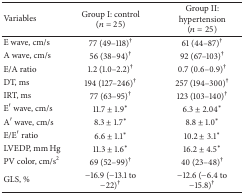
<table><thead><tr><td><b>Variables</b></td><td><b>Group I: control(<i>n</i> = 25)</b></td><td><b>Group II: hypertension(<i>n</i> = 25)</b></td></tr></thead><tbody><tr><td>E wave, cm/s</td><td>77 (49–118)<sup>†</sup></td><td>61 (44–87)<sup>†</sup></td></tr><tr><td>A wave, cm/s</td><td>56 (38–94)<sup>†</sup></td><td>92 (67–103)<sup>†</sup></td></tr><tr><td>E/A ratio</td><td>1.2 (1.0–2.2)<sup>†</sup></td><td>0.7 (0.6–0.9)<sup>†</sup></td></tr><tr><td>DT, ms</td><td>194 (127–246)<sup>†</sup></td><td>257 (194–300)<sup>†</sup></td></tr><tr><td>IRT, ms</td><td>77 (63–95)<sup>†</sup></td><td>123 (103–140)<sup>†</sup></td></tr><tr><td>E′ wave, cm/s</td><td>11.7 ± 1.9<sup><i>∗</i></sup></td><td>6.3 ± 2.04<sup><i>∗</i></sup></td></tr><tr><td>A′ wave, cm/s </td><td>8.3 ± 1.7<sup><i>∗</i></sup></td><td>8.8 ± 1.0<sup><i>∗</i></sup></td></tr><tr><td>E/E′ ratio</td><td>6.6 ± 1.1<sup><i>∗</i></sup></td><td>10.2 ± 3.1<sup><i>∗</i></sup></td></tr><tr><td>LVEDP, mm Hg</td><td>11.3 ± 1.6<sup><i>∗</i></sup></td><td>16.2 ± 4.5<sup><i>∗</i></sup></td></tr><tr><td>PV color, cm/s<sup>2</sup></td><td>69 (52–99)<sup>†</sup></td><td>40 (23–48)<sup>†</sup></td></tr><tr><td>GLS, %</td><td>−16.9 (−13.1 to −22)<sup>†</sup></td><td>−12.6 (−6.4 to −15.8)<sup>†</sup></td></tr></tbody></table>